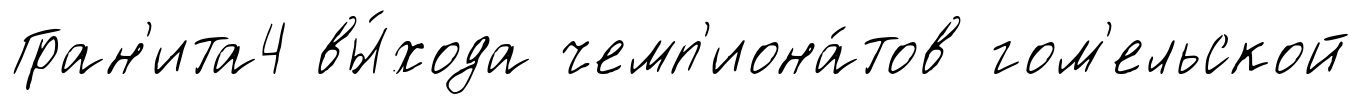
Гран'ита4 вы́хода чемп'иона́тов гом'ельской